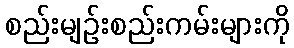
စည်းမျဉ်းစည်းကမ်းများကို